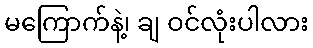
မကြောက်နဲ့၊ ချ ဝင်လုံးပါလား